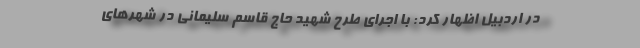
در اردبیل اظهار کرد: با اجرای طرح شهید حاج قاسم سلیمانی در شهرهای